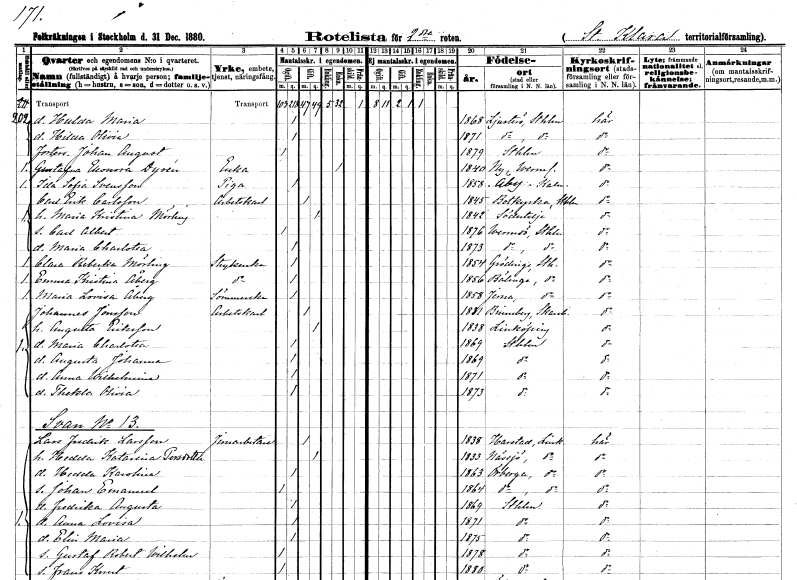
gt_parse: households: individuals: FN: Hulda Maria
KON: K
CIV: O
FODAR: 1868
FODFORS: Ljusterö Stockholms län
FN: Hilda Olivia
KON: K
CIV: O
FODAR: 1871
FODFORS: Ljusterö Stockholms län
FN: Johan August
KON: M
CIV: O
FODAR: 1879
FODFORS: Stockholm
FN: Gustafva Eleonora
EN: Dyrén
YRKE: Änka
KON: K
CIV: E
FODAR: 1840
FODFORS: Ny Värmlands län
FN: Ida Sofia
EN: Svensson
YRKE: Piga
KON: K
CIV: O
FODAR: 1858
FODFORS: Åby Kalmar län
FN: Carl Erik
EN: Carlsson
YRKE: Arbetskarl
KON: M
CIV: G
FODAR: 1845
FODFORS: Botkyrka Stockholms län
FN: Maria Kristina
EN: Mörling
KON: K
CIV: G
FODAR: 1842
FODFORS: Södertälje Stockholms län
FN: Carl Albert
KON: M
CIV: O
FODAR: 1876
FODFORS: Värmdö Stockholms län
FN: Maria Charlotta
KON: K
CIV: O
FODAR: 1873
FODFORS: Värmdö Stockholms län
FN: Clara Rebecka
EN: Mörling
YRKE: Strykerska
KON: K
CIV: O
FODAR: 1854
FODFORS: Grödinge Stockholms län
FN: Emma Kristina
EN: Åberg
YRKE: Strykerska
KON: K
CIV: O
FODAR: 1856
FODFORS: Bälinge Södermanlands län
FN: Maria Lovisa
EN: Åberg
YRKE: Sömmerska
KON: K
CIV: O
FODAR: 1858
FODFORS: Järna Stockholms län
FN: Johannes
EN: Jonsson
YRKE: Arbetskarl
KON: M
CIV: G
FODAR: 1831
FODFORS: Binneberg Skaraborgs län
FN: Augusta
EN: Eriksson
KON: K
CIV: G
FODAR: 1838
FODFORS: Linköping Östergötlands län
FN: Maria Charlotta
KON: K
CIV: O
FODAR: 1869
FODFORS: Stockholm
FN: Augusta Johanna
KON: K
CIV: O
FODAR: 1869
FODFORS: Stockholm
FN: Anna Wilhelmina
KON: K
CIV: O
FODAR: 1871
FODFORS: Stockholm
FN: Thekla Olivia
KON: K
CIV: O
FODAR: 1873
FODFORS: Stockholm